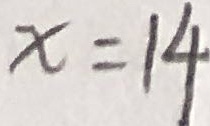
x = 1 4